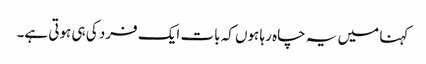
کہنا میں یہ چاہ رہا ہوں کہ بات ایک فرد کی ہی ہوتی ہے۔